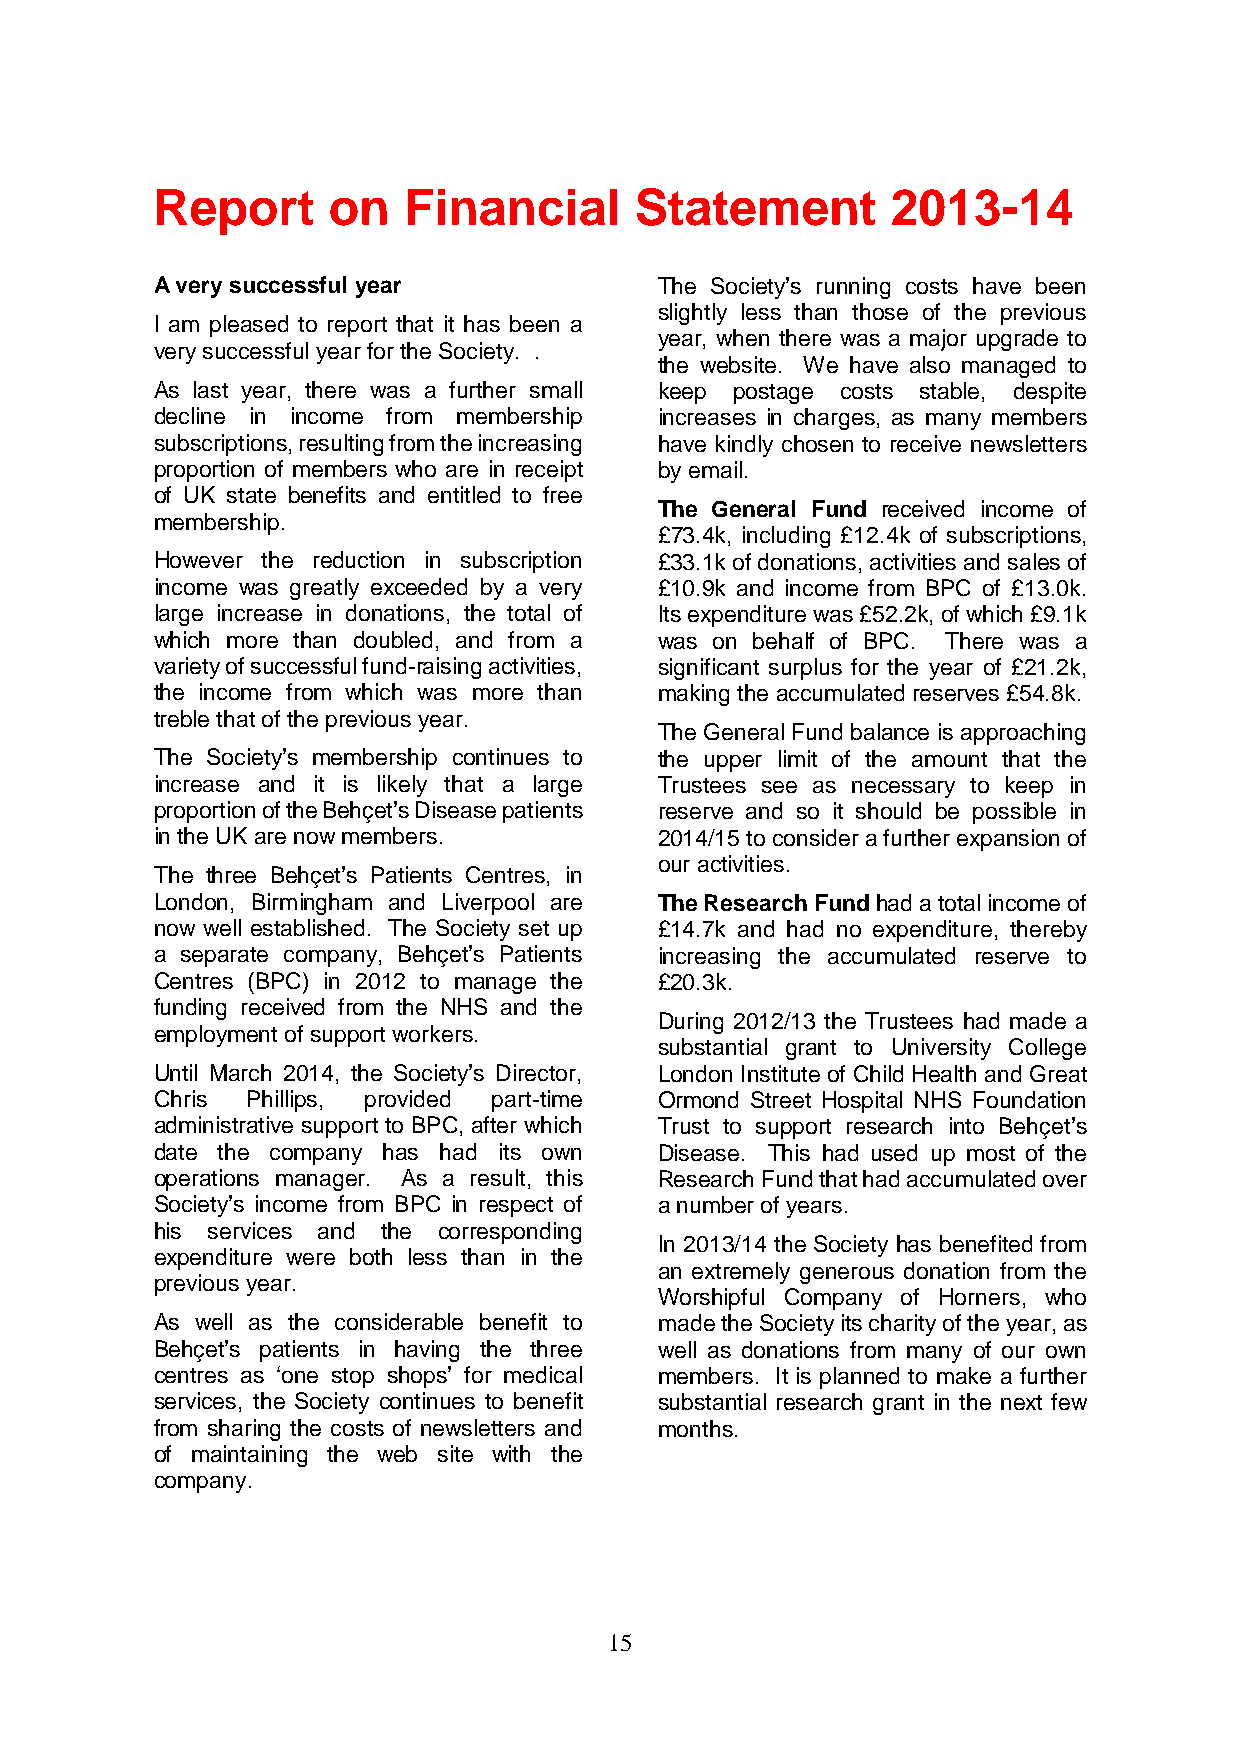
Report      on   Financial      Statement        2013-14
 A very successful year            The Society’s running costs have been
 slightly less than those of the previous
 I am pleased to report that it has been a
 year, when there was a major upgrade to
 very successful year for the Society. .
 the website. We have also managed to
 As last year, there was a further small keep postage costs stable, despite
 decline in income from membership increases in charges, as many members
 subscriptions, resulting from the increasing have kindly chosen to receive newsletters
 proportion of members who are in receipt by email.
 of UK state benefits and entitled to free
 The General Fund received income of
 membership.
 £73.4k, including £12.4k of subscriptions,
 However the reduction in subscription £33.1k of donations, activities and sales of
 income was greatly exceeded by a very £10.9k and income from BPC of £13.0k.
 large increase in donations, the total of Its expenditure was £52.2k, of which £9.1k
 which more than doubled, and from a was on behalf of BPC. There was a
 variety of successful fund-raising activities, significant surplus for the year of £21.2k,
 the income from which was more than making the accumulated reserves £54.8k.
 treble that of the previous year.
 The General Fund balance is approaching
 The Society’s membership continues to the upper limit of the amount that the
 increase and it is likely that a large Trustees see as necessary to keep in
 proportion of the Behçet’s Disease patients reserve and so it should be possible in
 in the UK are now members.        2014/15 to consider a further expansion of
 our activities.
 The three Behçet’s Patients Centres, in
 London, Birmingham and Liverpool are The Research Fund had a total income of
 now well established. The Society set up £14.7k and had no expenditure, thereby
 a separate company, Behçet’s Patients increasing the accumulated reserve to
 Centres (BPC) in 2012 to manage the £20.3k.
 funding received from the NHS and the
 During 2012/13 the Trustees had made a
 employment of support workers.
 substantial grant to University College
 Until March 2014, the Society’s Director, London Institute of Child Health and Great
 Chris Phillips, provided part-time Ormond Street Hospital NHS Foundation
 administrative support to BPC, after which Trust to support research into Behçet’s
 date the company has had its own  Disease. This had used up most of the
 operations manager. As a result, this Research Fund that had accumulated over
 Society’s income from BPC in respect of a number of years.
 his services and the corresponding
 In 2013/14 the Society has benefited from
 expenditure were both less than in the
 an extremely generous donation from the
 previous year.
 Worshipful Company of Horners, who
 As well as the considerable benefit to made the Society its charity of the year, as
 Behçet’s patients in having the three well as donations from many of our own
 centres as ‘one stop shops’ for medical members. It is planned to make a further
 services, the Society continues to benefit substantial research grant in the next few
 from sharing the costs of newsletters and months.
 of maintaining the web site with the
 company.
 15